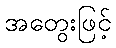
အတွေးဖြင့်